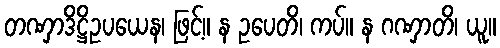
တဏှာဒိဋ္ဌိဥပယေန၊ ဖြင့်။ န ဥပေတိ၊ ကပ်။ န ဂဏှာတိ၊ ယူ။